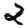
Digit: 2